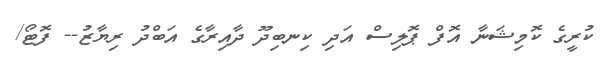
ކުރީގެ ކޮމިޝަނާ އޮފް ޕޮލިސް އަދި ކިނބިދޫ ދާއިރާގެ އަބްދު ރިޔާޒު-- ފޮޓޯ/